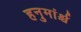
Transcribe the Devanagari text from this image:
हनुमांर्श्च